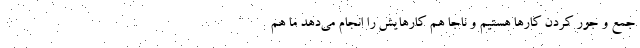
جمع و جور کردن کارها هستیم و ناجا هم کارهایش را انجام می‌دهد ما هم